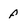
Character: f